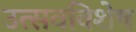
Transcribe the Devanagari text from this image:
उत्सवविशेष